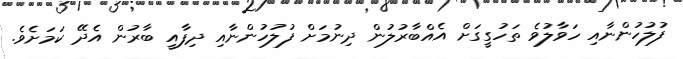
ފުލުހުންނާއި ހަވާލުވެ ތަހުގީގަށް އެއްބާރުލުން ދިނުމަށް ފުލުހުންނާއި ދިފާއީ ބާރުން އެދޭ ކަމަށެވެ.